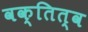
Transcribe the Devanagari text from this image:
वक्तित्व